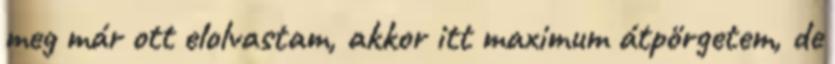
meg már ott elolvastam, akkor itt maximum átpörgetem, de